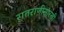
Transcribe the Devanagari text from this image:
रातराणीसारखी